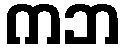
ကဘ